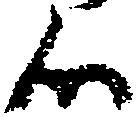
候